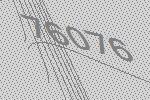
76076